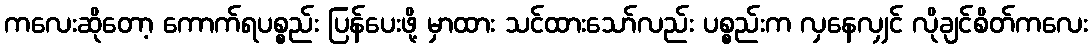
ကလေးဆိုတော့ ကောက်ရပစ္စည်း ပြန်ပေးဖို့ မှာထား သင်ထားသော်လည်း ပစ္စည်းက လှနေလျှင် လိုချင်စိတ်ကလေး